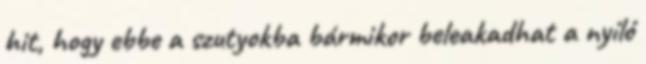
hit, hogy ebbe a szutyokba bármikor beleakadhat a nyíló